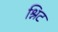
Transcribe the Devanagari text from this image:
श्निट